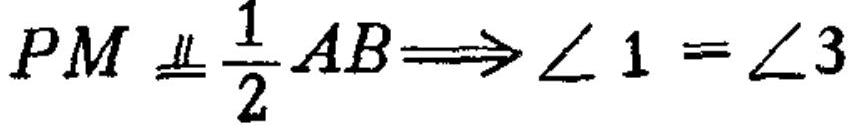
\(PM\equalparallel\frac{1}{2}AB\Longrightarrow\angle 1 = \angle 3\)